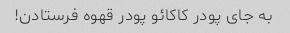
به جای پودر کاکائو پودر قهوه فرستادن!